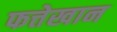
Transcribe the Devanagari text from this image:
फत्तेखान